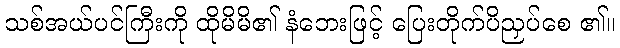
သစ်အယ်ပင်ကြီးကို ထိုမိမိ၏ နံဘေးဖြင့် ပြေးတိုက်ပိညှပ်စေ ၏။